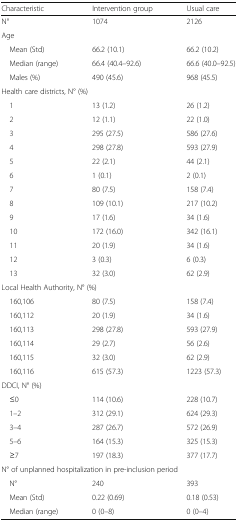
<table><thead><tr><td><b>Characteristic</b></td><td><b>Intervention group</b></td><td><b>Usual care</b></td></tr></thead><tbody><tr><td>N°</td><td>1074</td><td>2126</td></tr><tr><td colspan="3">Age</td></tr><tr><td> Mean (Std)</td><td>66.2 (10.1)</td><td>66.2 (10.2)</td></tr><tr><td> Median (range)</td><td>66.4 (40.4–92.6)</td><td>66.6 (40.0–92.5)</td></tr><tr><td> Males (%)</td><td>490 (45.6)</td><td>968 (45.5)</td></tr><tr><td colspan="3">Health care districts, N° (%)</td></tr><tr><td> 1</td><td>13 (1.2)</td><td>26 (1.2)</td></tr><tr><td> 2</td><td>12 (1.1)</td><td>22 (1.0)</td></tr><tr><td> 3</td><td>295 (27.5)</td><td>586 (27.6)</td></tr><tr><td> 4</td><td>298 (27.8)</td><td>593 (27.9)</td></tr><tr><td> 5</td><td>22 (2.1)</td><td>44 (2.1)</td></tr><tr><td> 6</td><td>1 (0.1)</td><td>2 (0.1)</td></tr><tr><td> 7</td><td>80 (7.5)</td><td>158 (7.4)</td></tr><tr><td> 8</td><td>109 (10.1)</td><td>217 (10.2)</td></tr><tr><td> 9</td><td>17 (1.6)</td><td>34 (1.6)</td></tr><tr><td> 10</td><td>172 (16.0)</td><td>342 (16.1)</td></tr><tr><td> 11</td><td>20 (1.9)</td><td>34 (1.6)</td></tr><tr><td> 12</td><td>3 (0.3)</td><td>6 (0.3)</td></tr><tr><td> 13</td><td>32 (3.0)</td><td>62 (2.9)</td></tr><tr><td colspan="3">Local Health Authority, N° (%)</td></tr><tr><td> 160,106</td><td>80 (7.5)</td><td>158 (7.4)</td></tr><tr><td> 160,112</td><td>20 (1.9)</td><td>34 (1.6)</td></tr><tr><td> 160,113</td><td>298 (27.8)</td><td>593 (27.9)</td></tr><tr><td> 160,114</td><td>29 (2.7)</td><td>56 (2.6)</td></tr><tr><td> 160,115</td><td>32 (3.0)</td><td>62 (2.9)</td></tr><tr><td> 160,116</td><td>615 (57.3)</td><td>1223 (57.3)</td></tr><tr><td colspan="3">DDCI, N° (%)</td></tr><tr><td> ≤0</td><td>114 (10.6)</td><td>228 (10.7)</td></tr><tr><td> 1–2</td><td>312 (29.1)</td><td>624 (29.3)</td></tr><tr><td> 3–4</td><td>287 (26.7)</td><td>572 (26.9)</td></tr><tr><td> 5–6</td><td>164 (15.3)</td><td>325 (15.3)</td></tr><tr><td> ≥7</td><td>197 (18.3)</td><td>377 (17.7)</td></tr><tr><td colspan="3">N° of unplanned hospitalization in pre-inclusion period</td></tr><tr><td> N°</td><td>240</td><td>393</td></tr><tr><td> Mean (Std)</td><td>0.22 (0.69)</td><td>0.18 (0.53)</td></tr><tr><td> Median (range)</td><td>0 (0–8)</td><td>0 (0–4)</td></tr></tbody></table>